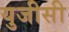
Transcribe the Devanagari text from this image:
युजीसी